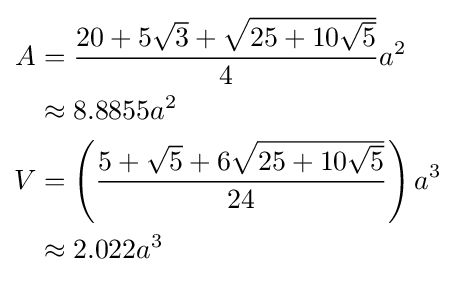
{\begin{aligned}A&={\frac {20+5{\sqrt {3}}+{\sqrt {25+10{\sqrt {5}}}}}{4}}a^{2}\\&\approx 8.8855a^{2}\\V&=\left({\frac {5+{\sqrt {5}}+6{\sqrt {25+10{\sqrt {5}}}}}{24}}\right)a^{3}\\&\approx 2.022a^{3}\end{aligned}}